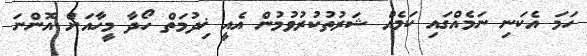
ހަމަ އެކަނި ނަމެއްގައި ކަމެއް ޝަރުތުކުރުވުމުން އެއީ ޚިދުމަތް ހޯދާ މީހާއަށް އޮންނަ